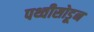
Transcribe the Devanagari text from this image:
पथ्वीसोडून